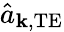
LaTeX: \hat{a}_{\mathbf{k},\mathrm{TE}}